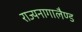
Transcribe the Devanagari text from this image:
राज्यनागालैण्ड